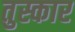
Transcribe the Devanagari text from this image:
तुस्कार